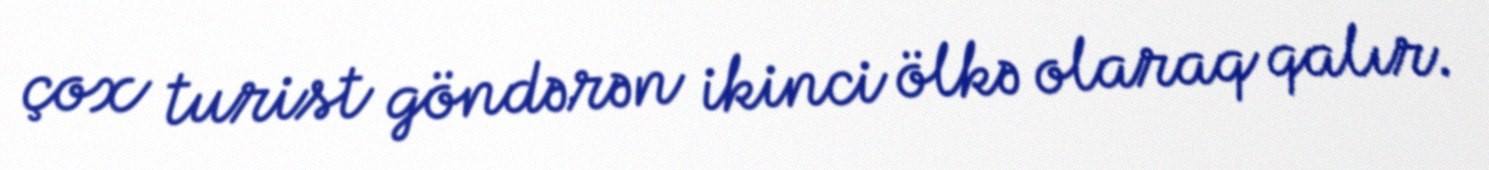
çox turist göndərən ikinci ölkə olaraq qalır.